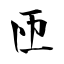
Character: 匝